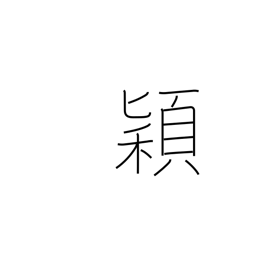
Meaning: heads of grain